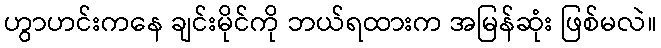
ဟွာဟင်းကနေ ချင်းမိုင်ကို ဘယ်ရထားက အမြန်ဆုံး ဖြစ်မလဲ။